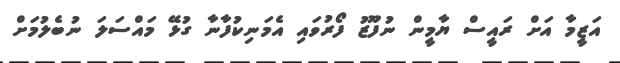
އަޒީމާ އަށް ރައީސް ޔާމީން ނުފޫޒު ފޯރުވައި އެމަނިކުފާނާ ގުޅޭ މައްސަލަ ނުބެލުމަށް